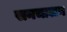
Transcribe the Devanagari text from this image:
सनचालन